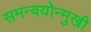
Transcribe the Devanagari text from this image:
समन्वयोन्मुखी